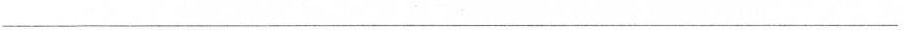
___